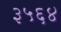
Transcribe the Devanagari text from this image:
३५६४